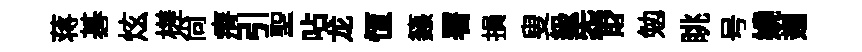
蒋碁炫槎尚瘠引聖呫龙恆籙署損叟級炁財勉眺号嬈翅